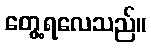
တွေ့ရလေသည်။